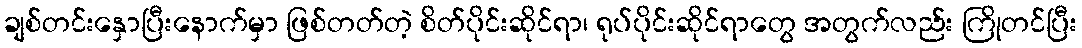
ချစ်တင်းနှောပြီးနောက်မှာ ဖြစ်တတ်တဲ့ စိတ်ပိုင်းဆိုင်ရာ၊ ရုပ်ပိုင်းဆိုင်ရာတွေ အတွက်လည်း ကြိုတင်ပြီး